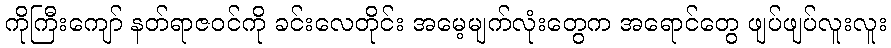
ကိုကြီးကျော် နတ်ရာဇဝင်ကို ခင်းလေတိုင်း အမေ့မျက်လုံးတွေက အရောင်တွေ ဖျပ်ဖျပ်လူးလူး